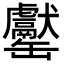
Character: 𦉧